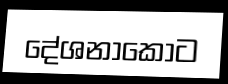
දේශනාකොට